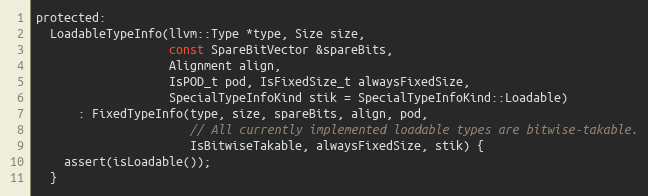
Language: C
protected:
  LoadableTypeInfo(llvm::Type *type, Size size,
                   const SpareBitVector &spareBits,
                   Alignment align,
                   IsPOD_t pod, IsFixedSize_t alwaysFixedSize,
                   SpecialTypeInfoKind stik = SpecialTypeInfoKind::Loadable)
      : FixedTypeInfo(type, size, spareBits, align, pod,
                      // All currently implemented loadable types are bitwise-takable.
                      IsBitwiseTakable, alwaysFixedSize, stik) {
    assert(isLoadable());
  }